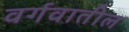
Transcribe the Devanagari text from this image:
वर्गवातील